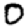
Digit: 0